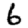
Digit: 6